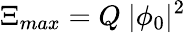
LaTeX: \Xi_{max}=Q~|\phi_{0}|^{2}